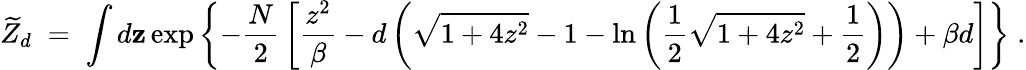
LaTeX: \widetilde{Z}_{d}\; =\; \int d{\mathbf z}\exp\left\{ -{\frac{N}{2}}\left[{\frac{z^{2}}{\beta}}-d\left(\sqrt{1+4z^{2}}-1-\ln\left({\frac{1}{2}}\sqrt{1+4z^{2}}+{\frac{1}{2}}\right)\right)+\beta d\right]\right\} \; .